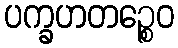
ပက္ခဟတဉ္စေဝ